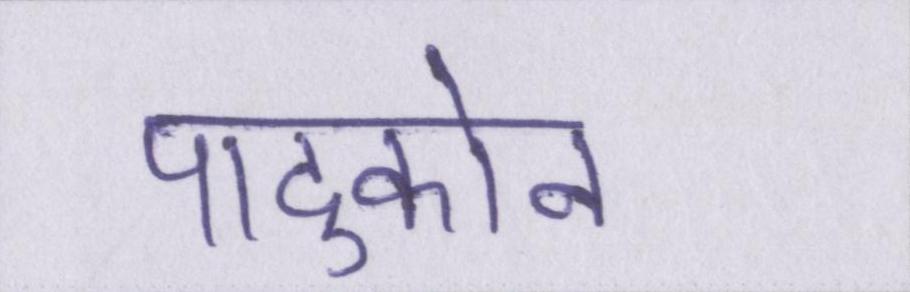
पादुकोन